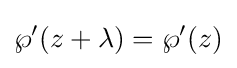
\wp '(z+\lambda )=\wp '(z)